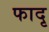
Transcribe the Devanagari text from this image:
फादृ